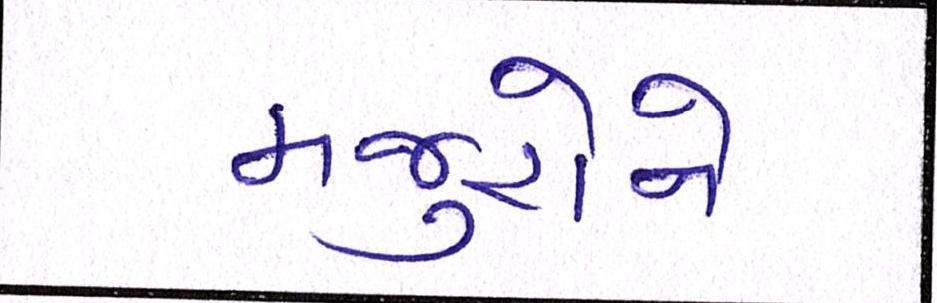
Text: મજુરોને